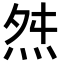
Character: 𭴝